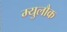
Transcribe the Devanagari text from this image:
म्युलौक